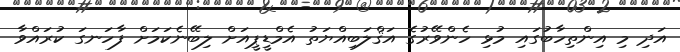
އަދި މި އިންތިހާބުގައި މުޅި ހެންވޭރުގެ އަޤްލަބިއްޔަތު އެމްޑީޕީއަށް ލިބޭނެކަމަށް ފާހަނގަ ކުރައްވާ